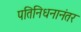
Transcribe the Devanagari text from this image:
पतिनिधनानंतर